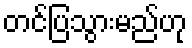
တင်ပြသွားမည်ဟု